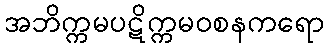
အဘိက္ကမပဋိက္ကမဝစနကရော